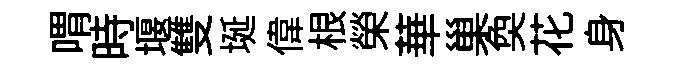
喟時堰雙埏偉根榮華巢奐花身